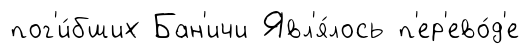
пог'и́бших Бан'ичи Явл'я́лось п'ер'ево́д'е